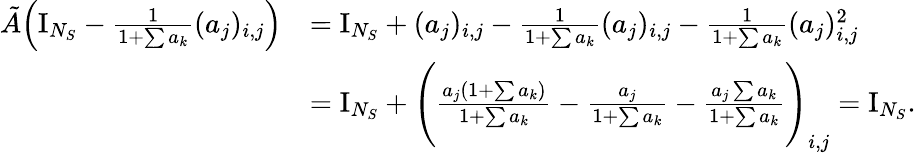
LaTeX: \begin{array}{rl}{\tilde{A}\Big(\mathrm{I}_{N_{S}}-\frac 1{1+\sum a_{k}}(a_{j})_{i,j}\Big)}&{=\mathrm{I}_{N_{S}}+(a_{j})_{i,j}-\frac 1{1+\sum a_{k}}(a_{j})_{i,j}-\frac 1{1+\sum a_{k}}(a_{j})_{i,j}^{2}}\\ &{=\mathrm{I}_{N_{S}}+\Bigg(\frac{a_{j}(1+\sum a_{k})}{1+\sum a_{k}}-\frac{a_{j}}{1+\sum a_{k}}-\frac{a_{j}\sum a_{k}}{1+\sum a_{k}}\Bigg)_{i,j}=\mathrm{I}_{N_{S}}.}\end{array}